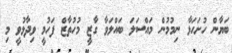
ބަޔާން ހުށަހަޅާ ނިމުމުން މައްސަލަ ބައްލަވާ ގާޒީ މުހުތާޒް ފަހުމީ ވިދާޅުވީ މި